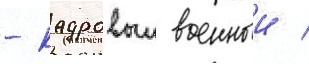
- кадровыи военныи /